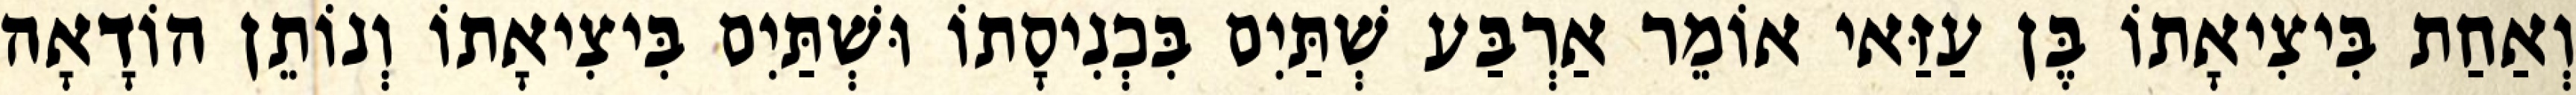
וְאַחַת בִּיצִיאָתוֹ בֶּן עַזַּאי אוֹמֵר אַרְבַּע שְׁתַּיִם בִּכְנִיסָתוֹ וּשְׁתַּיִם בִּיצִיאָתוֹ וְנוֹתֵן הוֹדָאָה